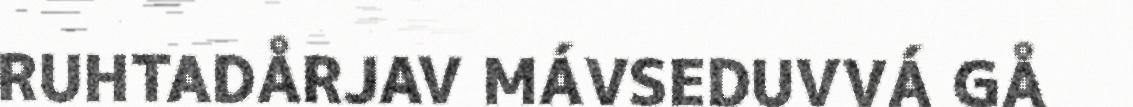
RUHTADÅRJAV MÁVSEDUVVÁ GÅ